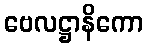
ဗေလဋ္ဌာနိကော